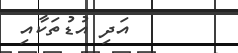
އަދި އުޑުތަކާއި